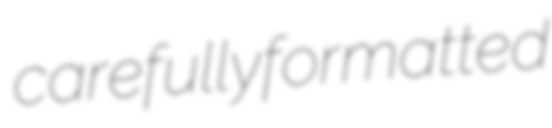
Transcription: carefully formatted